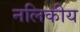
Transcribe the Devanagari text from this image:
नलिकीय